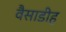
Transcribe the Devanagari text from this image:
वैसाडीह